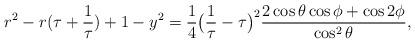
LaTeX: \begin{align*} r^{2} - r(\tau + \frac{1}{\tau}) + 1 - y^{2} = \frac{1}{4} \big(\frac{1}{\tau} - \tau\big)^{2} \frac{ 2\cos\theta \cos\phi + \cos 2\phi}{\cos^2\theta }, \end{align*}